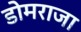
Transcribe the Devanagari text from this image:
डोमराजा